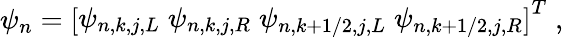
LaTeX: \mathbf{\psi}_{n}=\left[\begin{array}{l}{\psi_{n,k,j,L}\; \psi_{n,k,j,R}\; \psi_{n,k+1/2,j,L}\; \psi_{n,k+1/2,j,R}}\end{array}\right]^{T}\; ,